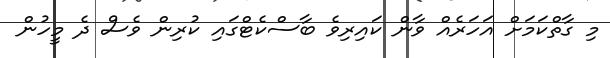
މި ގާތްކަމަށް އަހަރެއް ވާން ކައިރިވެ ބާސްކެޓްގައި ކުރިން ވެސް ދެ މީހުން